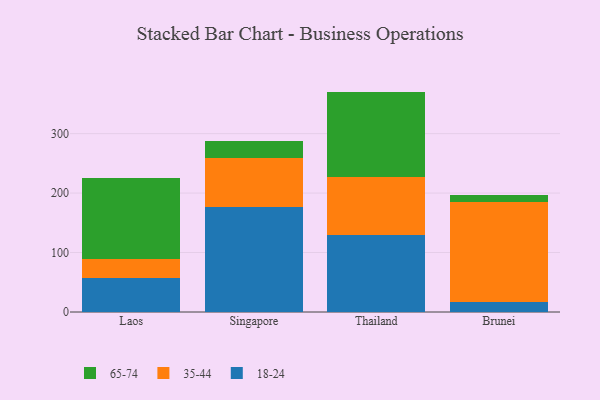
{"axis": {"x": "Country", "y": "Gross Profit (USD K)"}, "legend": ["18-24", "35-44", "65-74"], "data": [{"x": "Laos", "y": 57.2, "type": "18-24"}, {"x": "Laos", "y": 31.7, "type": "35-44"}, {"x": "Laos", "y": 136.4, "type": "65-74"}, {"x": "Singapore", "y": 175.8, "type": "18-24"}, {"x": "Singapore", "y": 82.9, "type": "35-44"}, {"x": "Singapore", "y": 28.2, "type": "65-74"}, {"x": "Thailand", "y": 130.0, "type": "18-24"}, {"x": "Thailand", "y": 97.2, "type": "35-44"}, {"x": "Thailand", "y": 143.5, "type": "65-74"}, {"x": "Brunei", "y": 17.2, "type": "18-24"}, {"x": "Brunei", "y": 167.2, "type": "35-44"}, {"x": "Brunei", "y": 11.8, "type": "65-74"}]}